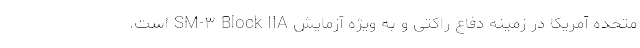
متحده آمریکا در زمینه دفاع راکتی و به ویژه آزمایش SM-۳ Block IIA است.